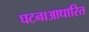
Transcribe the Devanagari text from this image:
घटनाआधारित